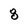
Character: 8